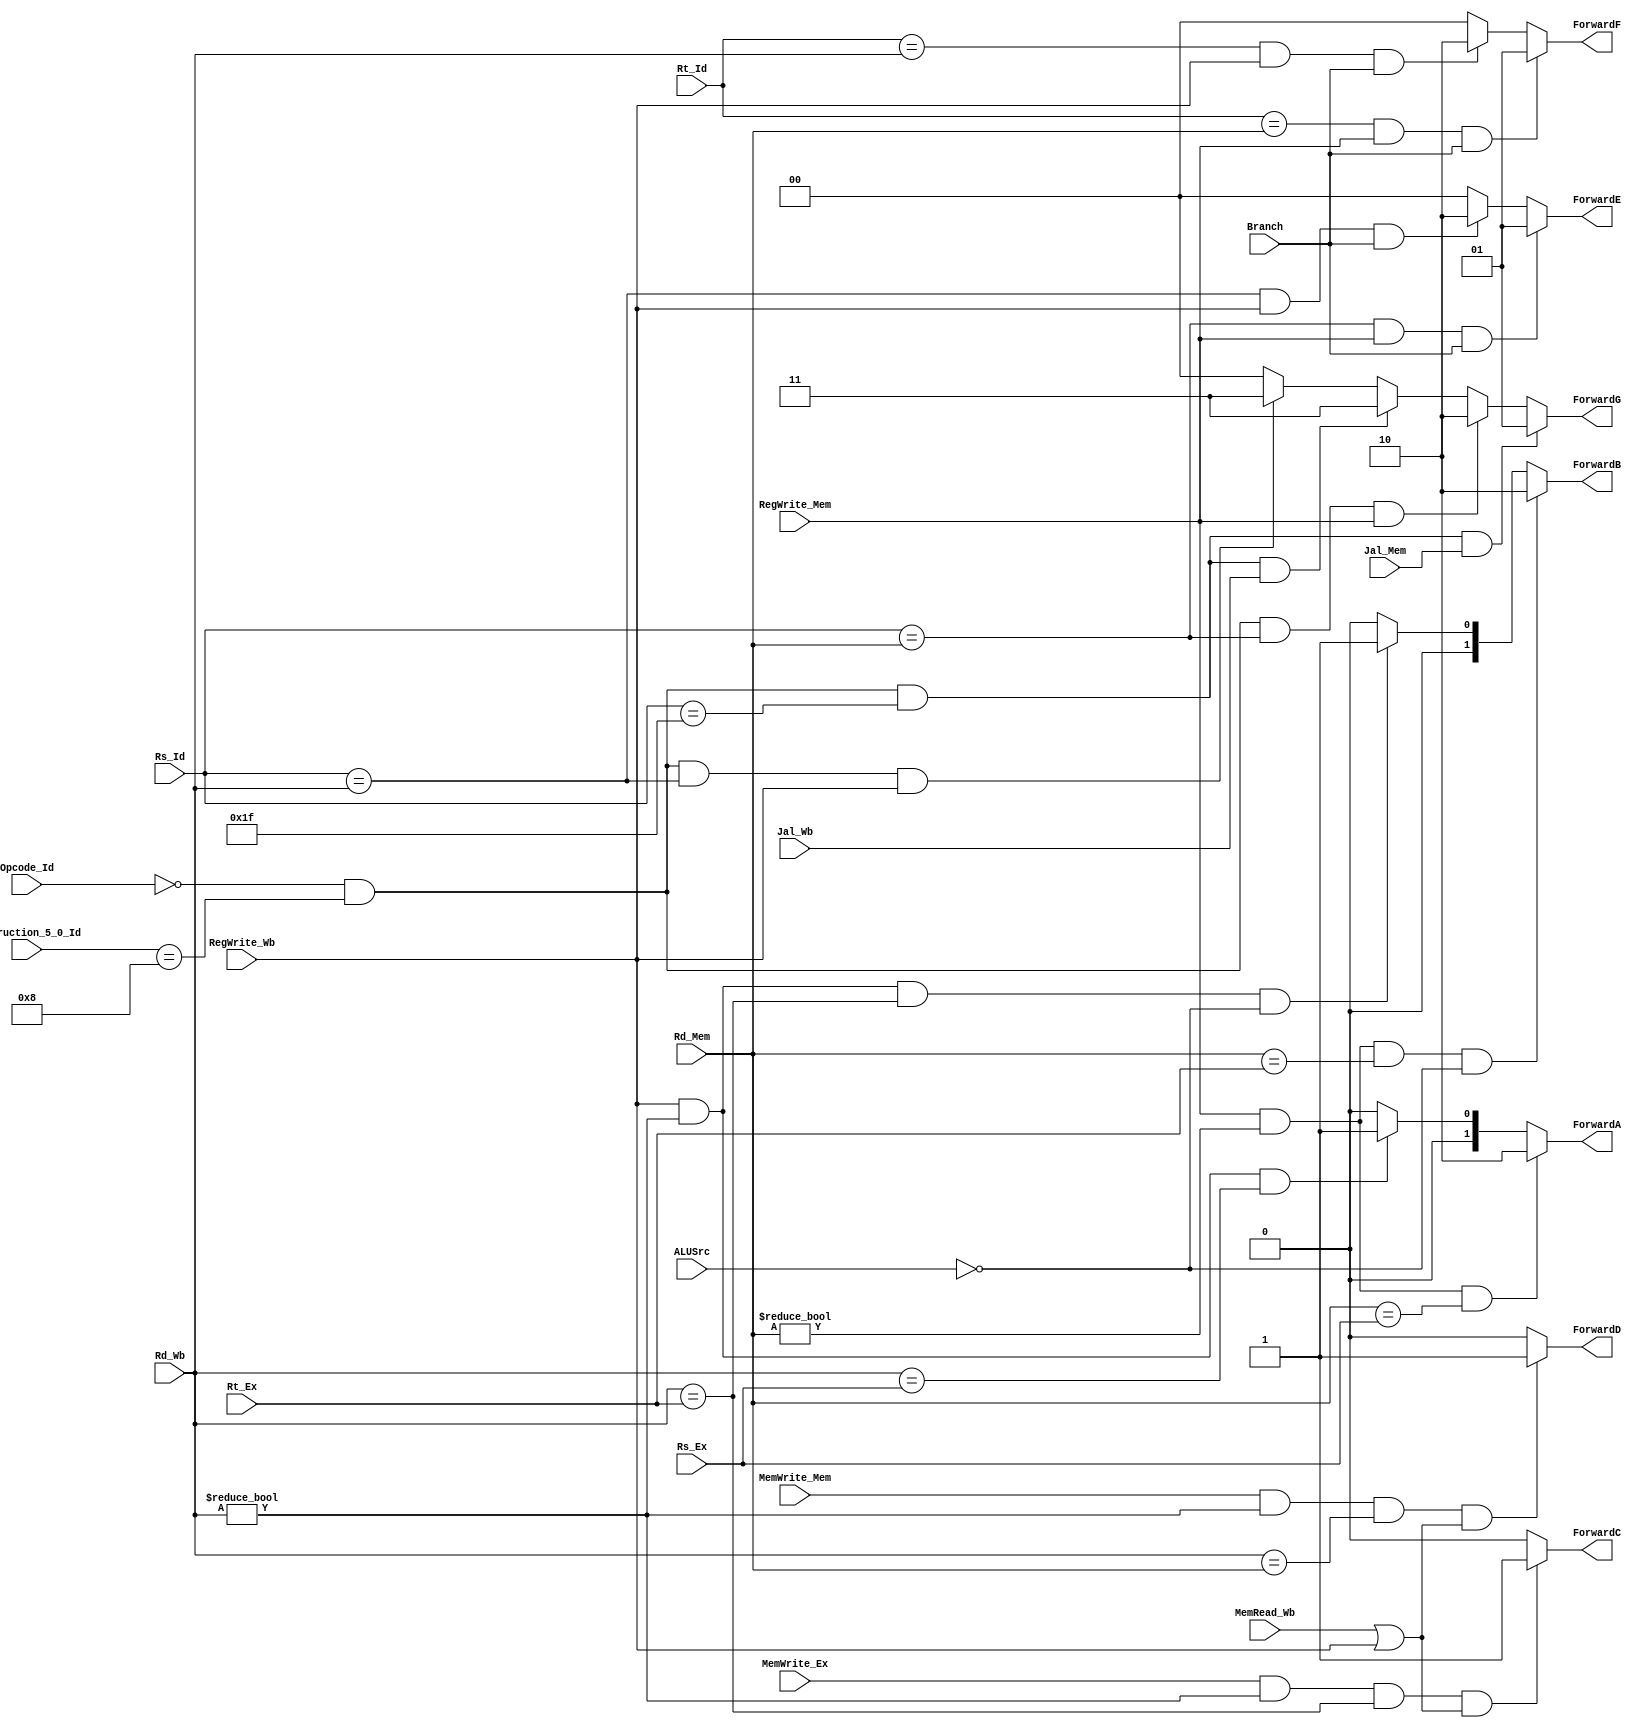
`timescale 1ns / 1ps
//////////////////////////////////////////////////////////////////////////////////
// Company: 
// Engineer: 
// 
// Design Name: 
// Module Name: ForwardingUnit
// Project Name: 
// Target Devices: 
// Tool Versions: 
// Description: 
// 
// Dependencies: 
// 
// Revision:
// Revision 0.01 - File Created
// Additional Comments:
// 
//////////////////////////////////////////////////////////////////////////////////


module ForwardingUnit(Rs_Id, Rt_Id, Rs_Ex, Rt_Ex, Rd_Mem, Rd_Wb, ALUSrc, Opcode_Id, Instruction_5_0_Id, MemWrite_Ex, RegWrite_Mem, MemWrite_Mem, Jal_Mem, MemRead_Wb, RegWrite_Wb, Jal_Wb, ForwardA, ForwardB, ForwardC, ForwardD, ForwardE, ForwardF, ForwardG, Branch);
    input [5:0] Opcode_Id, Instruction_5_0_Id;
    input [4:0] Rs_Id, Rt_Id, Rs_Ex, Rt_Ex, Rd_Mem, Rd_Wb;
    input ALUSrc, MemWrite_Ex, RegWrite_Mem, MemWrite_Mem, Jal_Mem, MemRead_Wb, RegWrite_Wb, Jal_Wb, Branch;
    
    output reg [1:0] ForwardA, ForwardB, ForwardE, ForwardF, ForwardG;
    output reg ForwardC, ForwardD;
    
    always@(*) begin
        // Forwarding from Mem to ALU input A
        if ((RegWrite_Mem == 1) && (Rd_Mem != 5'd0) && (Rd_Mem == Rs_Ex))
            ForwardA <= 2'b10;
        // Forwarding from Wb to ALU input A
        else if ((RegWrite_Wb == 1) && (Rd_Wb != 5'd0) && (Rd_Wb == Rs_Ex))
            ForwardA <= 2'b01;
        else
            ForwardA <= 2'b00;
            
        // Forwarding from Mem to ALU input B
        if ((RegWrite_Mem == 1) && (Rd_Mem != 5'd0) && (Rd_Mem == Rt_Ex) && (ALUSrc == 0))
            ForwardB <= 2'b10;
        // Forwarding from Wb to ALU input B
        else if ((RegWrite_Wb == 1) && (Rd_Wb != 5'd0) && (Rd_Wb == Rt_Ex) && (ALUSrc == 0))
            ForwardB <= 2'b01;
        else
            ForwardB <= 2'b00; 
            
        // Forwarding from Wb to Ex WriteData
        if ((MemWrite_Ex == 1) && (Rd_Wb != 5'd0) && (Rd_Wb == Rt_Ex) && ((MemRead_Wb == 1) || (RegWrite_Wb)))
            ForwardC <= 1;
        else
            ForwardC <= 0;
            
        // Forwarding from Wb to Mem WriteData
        if ((MemWrite_Mem == 1) && (Rd_Wb != 5'd0) && (Rd_Wb == Rd_Mem) && ((MemRead_Wb == 1) || (RegWrite_Wb)))
            ForwardD <= 1;
        else
            ForwardD <= 0;   
            
        // Forwarding from Mem to Id Branch A
        if ((Rs_Id == Rd_Mem) && (RegWrite_Mem == 1) && (Branch == 1))
            ForwardE <= 2'b01;
        // Forwarding from Wb to Id Branch A
        else if ((Rs_Id == Rd_Wb) && (RegWrite_Wb == 1) && (Branch == 1))
            ForwardE <= 2'b10;
        else
            ForwardE <= 2'b00;
        // Forwarding from Mem to Id Branch B
        if ((Rt_Id == Rd_Mem) && (RegWrite_Mem == 1) && (Branch == 1))
            ForwardF <= 2'b01;
        // Forwarding from Wb to Id Branch B
        else if ((Rt_Id == Rd_Wb) && (RegWrite_Wb == 1) && (Branch == 1))
            ForwardF <= 2'b10;
        else
            ForwardF <= 2'b00;
            
        // Forwarding from Mem Ra to Id Jr
        if ((Opcode_Id == 6'b000000) && (Instruction_5_0_Id == 6'b001000) && (Rs_Id == 5'b11111) && (Jal_Mem == 1))
            ForwardG <= 2'd1;
        // Forwarding from Mem Rd to Id Jr
        else if ((Opcode_Id == 6'b000000) && (Instruction_5_0_Id == 6'b001000) && (Rs_Id == Rd_Mem) && (RegWrite_Mem == 1))
            ForwardG <= 2'd2;
        // Forwarding from Wb Ra to Id Jr
        else if ((Opcode_Id == 6'b000000) && (Instruction_5_0_Id == 6'b001000) && (Rs_Id == 5'b11111) && (Jal_Wb == 1))
            ForwardG <= 2'd3;
        // Forwarding from Wb Wd to Id Jr
        else if ((Opcode_Id == 6'b000000) && (Instruction_5_0_Id == 6'b001000) && (Rs_Id == Rd_Wb) && (RegWrite_Wb == 1))
            ForwardG <= 2'd3;
        else
            ForwardG <= 2'd0;
        
        
    end
endmodule